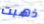
ذهبت